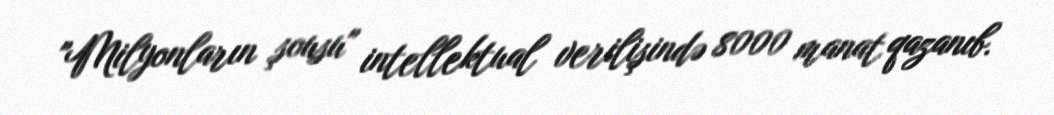
"Milyonların şousu" intellektual verilişində 8000 manat qazanıb.